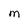
Character: m